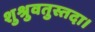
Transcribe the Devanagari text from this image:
शुश्रुवतुस्तदा।